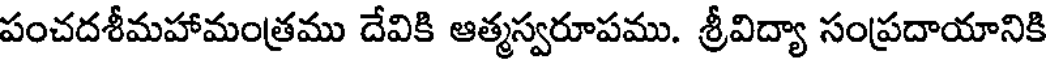
పంచదశీమహామంత్రము దేవికి ఆత్మస్వరూపము. శ్రీవిద్యా సంప్రదాయానికి